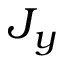
J _ { y }